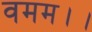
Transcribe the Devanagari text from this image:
वमम।।